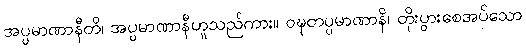
အပ္ပမာဏာနီတိ၊ အပ္ပမာဏာနီဟူသည်ကား။ ဝဍ္ဎတပ္ပမာဏာနိ၊ တိုးပွားစေအပ်သော